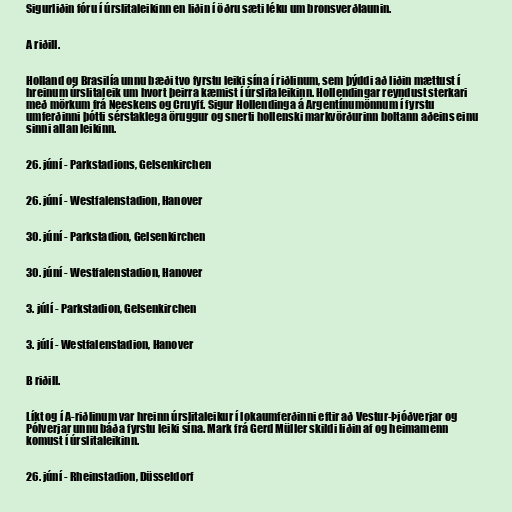
Sigurliðin fóru í úrslitaleikinn en liðin í öðru sæti léku um bronsverðlaunin.

A riðill.

Holland og Brasilía unnu bæði tvo fyrstu leiki sína í riðlinum, sem þýddi að liðin mættust í
hreinum úrslitaleik um hvort þeirra kæmist í úrslitaleikinn. Hollendingar reyndust sterkari
með mörkum frá Neeskens og Cruyff. Sigur Hollendinga á Argentínumönnum í fyrstu
umferðinni þótti sérstaklega öruggur og snerti hollenski markvörðurinn boltann aðeins einu
sinni allan leikinn.

26. júní - Parkstadions, Gelsenkirchen

26. júní - Westfalenstadion, Hanover

30. júní - Parkstadion, Gelsenkirchen

30. júní - Westfalenstadion, Hanover

3. júlí - Parkstadion, Gelsenkirchen

3. júlí - Westfalenstadion, Hanover

B riðill.

Líkt og í A-riðlinum var hreinn úrslitaleikur í lokaumferðinni eftir að Vestur-Þjóðverjar og
Pólverjar unnu báða fyrstu leiki sína. Mark frá Gerd Müller skildi liðin af og heimamenn
komust í úrslitaleikinn.

26. júní - Rheinstadion, Düsseldorf